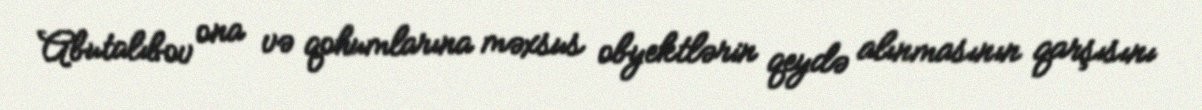
Abutalıbov ona və qohumlarına məxsus obyektlərin qeydə alınmasının qarşısını